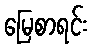
မြေစာရင်း